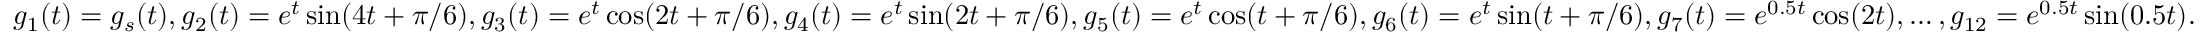
g _ { 1 } ( t ) = g _ { s } ( t ) , g _ { 2 } ( t ) = e ^ { t } \sin ( 4 t + \pi / 6 ) , g _ { 3 } ( t ) = e ^ { t } \cos ( 2 t + \pi / 6 ) , g _ { 4 } ( t ) = e ^ { t } \sin ( 2 t + \pi / 6 ) , g _ { 5 } ( t ) = e ^ { t } \cos ( t + \pi / 6 ) , g _ { 6 } ( t ) = e ^ { t } \sin ( t + \pi / 6 ) , g _ { 7 } ( t ) = e ^ { 0 . 5 t } \cos ( 2 t ) , \ldots , g _ { 1 2 } = e ^ { 0 . 5 t } \sin ( 0 . 5 t ) .